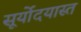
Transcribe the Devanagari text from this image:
सूर्योदयास्त